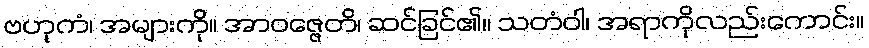
ဗဟုကံ၊ အများကို။ အာဝဇ္ဇေတိ၊ ဆင်ခြင်၏။ သတံဝါ၊ အရာကိုလည်းကောင်း။